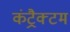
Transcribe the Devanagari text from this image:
कंट्रैक्टम